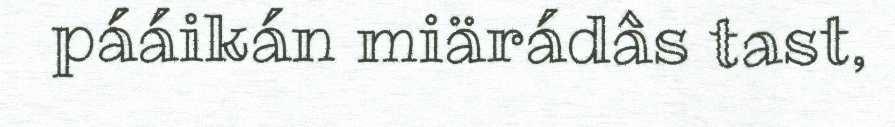
pááikán miärádâs tast,